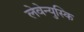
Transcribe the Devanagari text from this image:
लेवेन्युस्कि